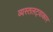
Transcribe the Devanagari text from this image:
व्यस्तलट्वाकार